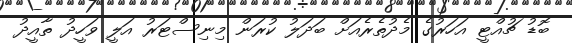
ބޮޑު ޗުއްޓީ އަހަރުގެ މެދުތެރެއަށް ބަދަލު ކުރަން މިނިސްޓަރު އަލީ ވަހީދު ތާއީދު